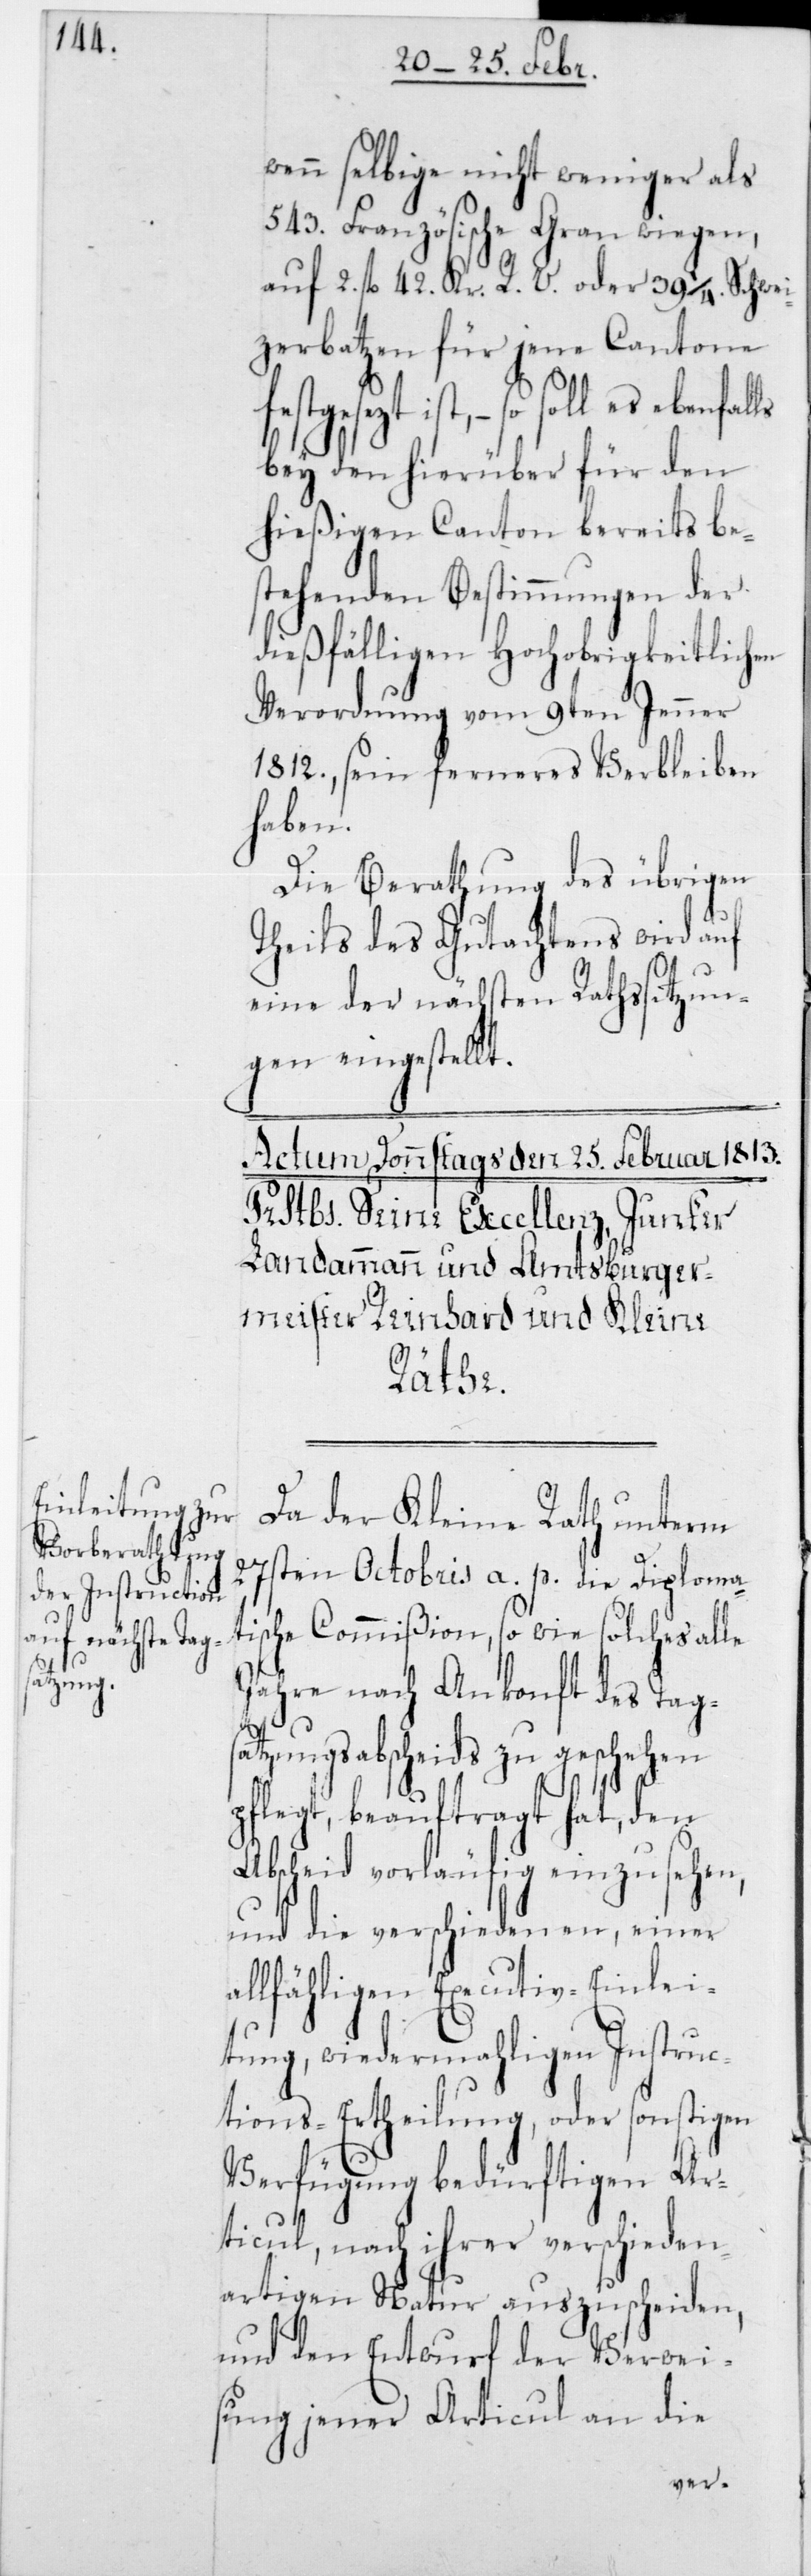
wenn selbige nicht weniger als
543 Französische Gran wiegen,
auf 2 fl. 42 Kr. R. V. oder 39 1/4 Schwei¬
zerbatzen für jene Cantone
es ebenfalls
bey den hierüber für den
hießigen Canton bereits be¬
stehenden Bestimmungen der
dießfälligen Hochobrigkeitlichen
Verordnung vom 9ten Jenner
1812, sein ferneres Verbleiben
haben.
Die Berathung des übrigen
Theils des Gutachtens wird auf
eine der nächsten Rathssitzun¬
gen eingestellt.
Da der Kleine Rath unterm
27sten Octobris a. p. die Diploma¬
tische Commißion, sowie solches alle
Jahre nach Ankonft des Tagsa¬
tzungsabscheids zu geschehen
pflegt, beauftragt hat, den
Abscheid vorläufig einzusehen,
und die verschiedenen, einer
allfähligen Executiv-Einlei¬
tung, wiedermahligen Instruc¬
tions-Ertheilung, oder sonstigen
Verfügung bedürftigen Ar¬
ticul, nach ihrer verschieden¬
artigen Natur auszuscheiden,
und den Entwurf der Verwei¬
sung jener Articul an die